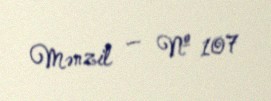
Mənzil — № 107